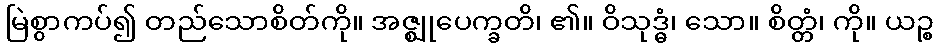
မြဲစွာကပ်၍ တည်သောစိတ်ကို။ အဇ္ဈုပေက္ခတိ၊ ၏။ ဝိသုဒ္ဓံ၊ သော။ စိတ္တံ၊ ကို။ ယဉ္စ